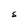
Character: S